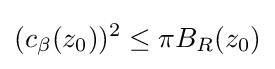
(c_{\beta }(z_{0}))^{2}\leq \pi B_{R}(z_{0})